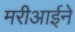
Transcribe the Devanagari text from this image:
मरीआईने